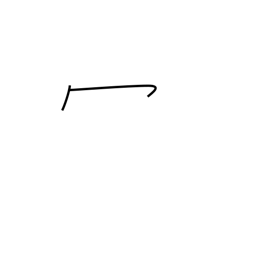
Meaning: wa-shaped crown radical (no. 14)